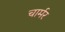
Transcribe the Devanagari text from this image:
चार्मर